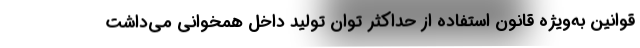
قوانین به‌ویژه قانون استفاده از حداکثر توان تولید داخل همخوانی می‌داشت